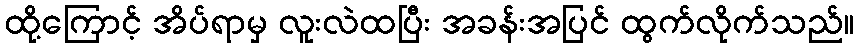
ထို့ကြောင့် အိပ်ရာမှ လူးလဲထပြီး အခန်းအပြင် ထွက်လိုက်သည်။